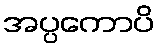
အပ္ပကောပိ